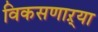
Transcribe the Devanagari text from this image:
विकसणाऱ्या